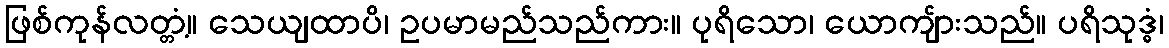
ဖြစ်ကုန်လတ္တံ့။ သေယျထာပိ၊ ဥပမာမည်သည်ကား။ ပုရိသော၊ ယောကျ်ားသည်။ ပရိသုဒ္ဓံ၊